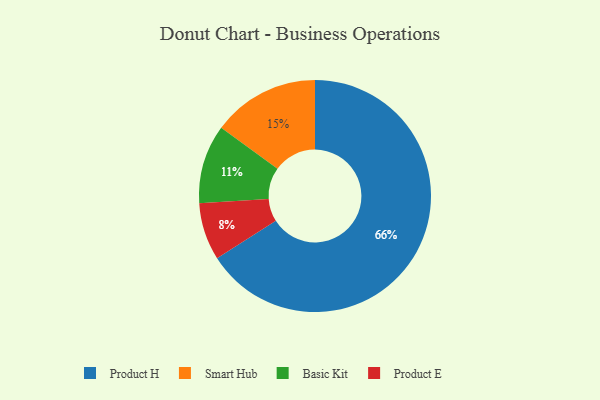
{"axis": {"x": "Category", "y": "Percentage"}, "legend": ["Basic Kit", "Product E", "Product H", "Smart Hub"], "data": [{"x": "Product H", "y": 66, "type": "Product H"}, {"x": "Smart Hub", "y": 15, "type": "Smart Hub"}, {"x": "Product E", "y": 8, "type": "Product E"}, {"x": "Basic Kit", "y": 11, "type": "Basic Kit"}]}